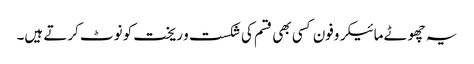
یہ چھوٹے مائیکروفون کسی بھی قسم کی شکست و ریخت کو نوٹ کرتے ہیں۔